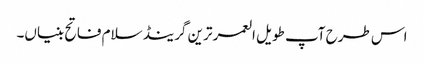
اس طرح آپ طویل العمر ترین گرینڈ سلام فاتح بنیاں۔